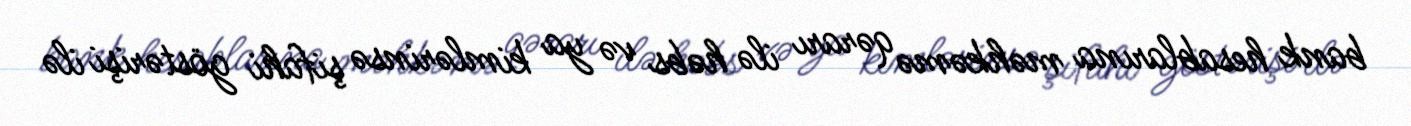
bank hesablarına məhkəmə qərarı ilə həbs və ya kimlərinsə şifahi göstərişi ilə